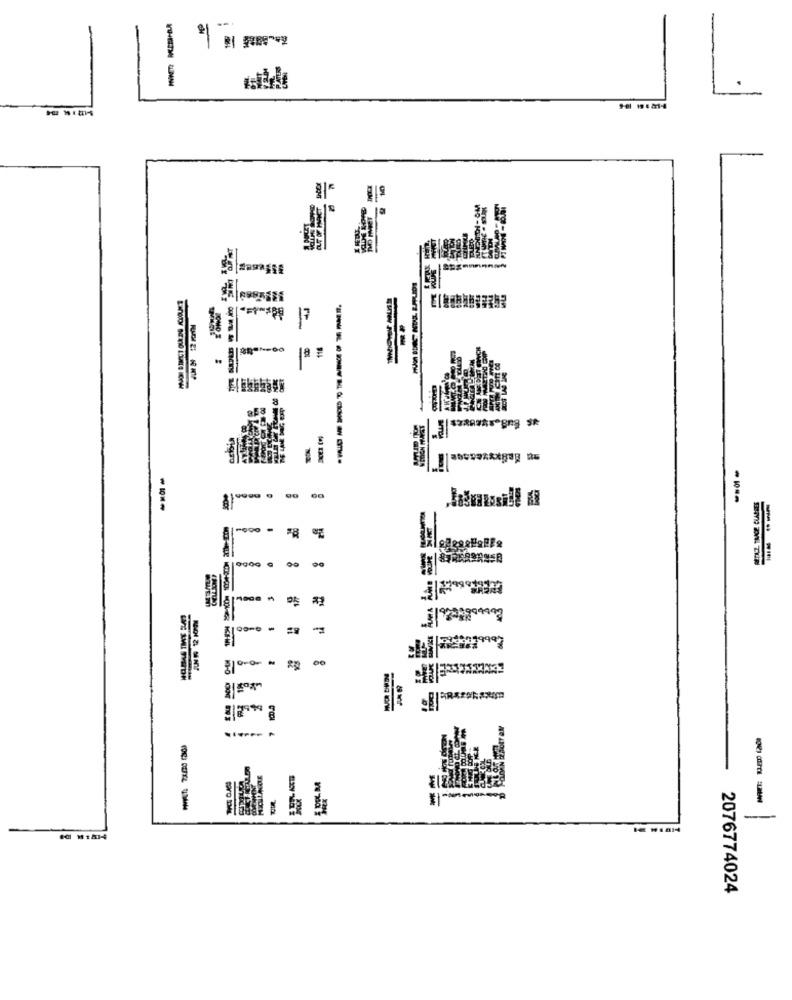
1.
--
8
00
----
100
-
SOWIEXH
2076774024